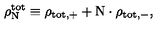
\rho _ { \mathrm { N } } ^ { \mathrm { t o t } } \equiv \rho _ { \mathrm { t o t } , + } + \mathrm { N } \cdot { \rho } _ { \mathrm { t o t } , - } ,